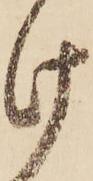
け